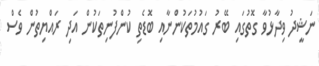
ނަޝީދު ވިދާޅުވާ ގޮތުގައި ބޭރު ގައުމުތަކުންނާއި ބޮޑެތި ކުންފުނިތަކުން އަދި ރައްޔިތުން ވެސް